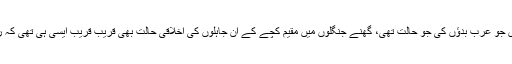
غرض یہ کہ حضور اکرم صلّی اللہ علیہ وسلم کی بعثت سے پہلے کے زمانہ میں جو عرب بدؤں کی جو حالت تھی، گھنے جنگلوں میں مقیم کچے کے ان جاہلوں کی اخلاقی حالت بھی قریب قریب ایسی ہی تھی کہ رحمت الٰہی کو جوش آیا اور ان کی اصلاح احوال کے لیے اسباب پیدا ہونے لگے۔